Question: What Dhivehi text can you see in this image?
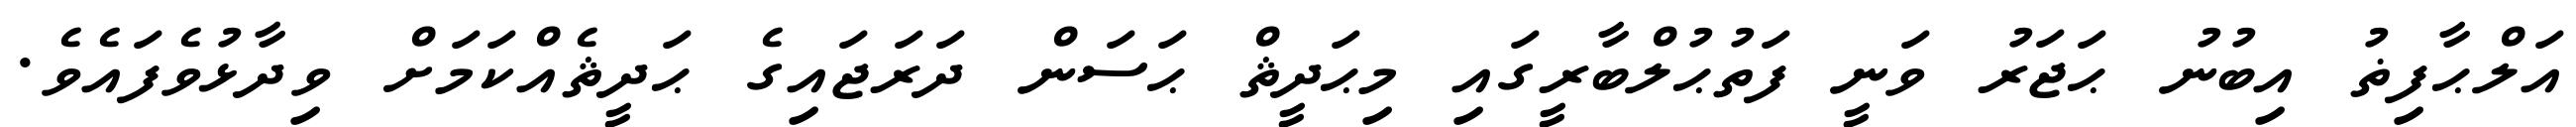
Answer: އަލްޙާފިޡު އިބުނު ޙަޖަރު ވަނީ ފަތުޙުލްބާރީގައި މިޙަދީޘް ޙަސަން ދަރަޖައިގެ ޙަދީޘެއްކަމަށް ވިދާޅުވެފައެވެ.